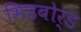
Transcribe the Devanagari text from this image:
मिडबोर्ड